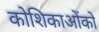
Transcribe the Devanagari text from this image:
कोशिकाओंको